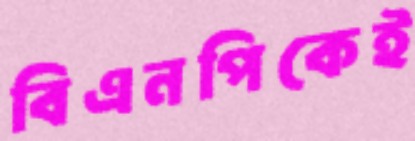
বিএনপিকেই